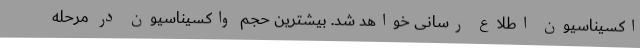
اکسیناسیون اطلاع رسانی خواهد شد. بیشترین حجم واکسیناسیون در مرحله